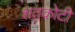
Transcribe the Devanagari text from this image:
शतकोटी